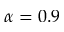
\alpha = 0 . 9